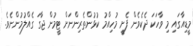
މީޑިއާގައި މި ވާހަކަ ދެކެވެން ފެށީ މުހިއްމު ކުޅުންތެރިންނަށް ޓީމުން ޖާގަ ގެއްލުމުންނެވެ.